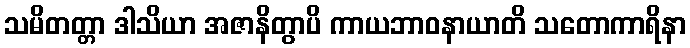
သမိတတ္တာ ဒါသိယာ အဇာနိတွာပိ ကာယဘာဝနာယာတိ သတောကာရိနာ